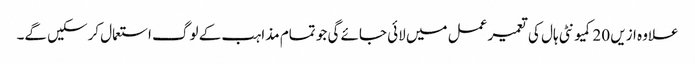
علاوہ ازیں 20کمیونٹی ہال کی تعمیر عمل میں لائی جائے گی جو تمام مذاہب کے لوگ استعمال کرسکیں گے۔